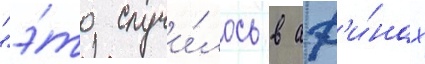
"э́то случи́лось в аф'и́нах